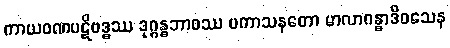
ကာယဝဏပဋိဗဒ္ဓဿ ဒုဂ္ဂန္ဓဘာဝဿ ပကာသနတော မာလာဂန္ဓာဒိဝသေန